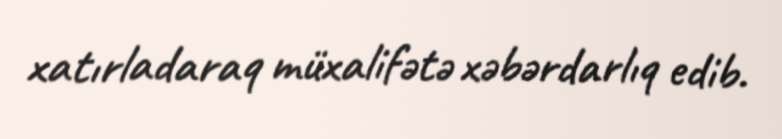
xatırladaraq müxalifətə xəbərdarlıq edib.